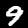
Label: 9